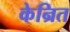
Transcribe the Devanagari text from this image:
केन्रित